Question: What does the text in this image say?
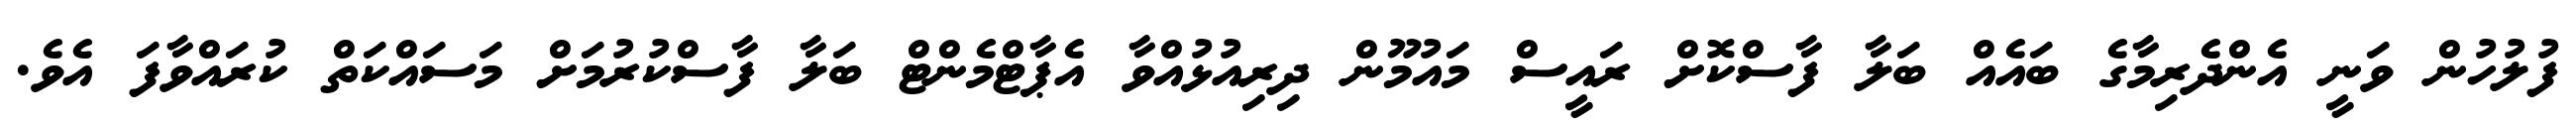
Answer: ފުލުހުން ވަނީ އެންދެރިމާގެ ބައެއް ބަލާ ފާސްކޮށް ރައީސް މައުމޫން ދިރިއުޅުއްވާ އެޕާޓްމެންޓް ބަލާ ފާސްކުރުމަށް މަސައްކަތް ކުރައްވާފަ އެވެ.